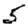
Digit: 5